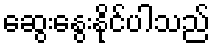
ဆွေးနွေးနိုင်ပါသည်